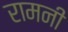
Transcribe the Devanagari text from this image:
रामनी